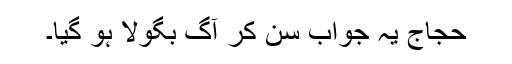
حجاج یہ جواب سن کر آگ بگولا ہو گیا۔